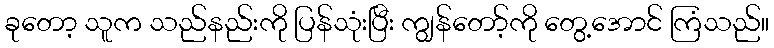
ခုတော့ သူက သည်နည်းကို ပြန်သုံးပြီး ကျွန်တော့်ကို တွေ့အောင် ကြံသည်။